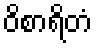
ဝိစာရိတံ